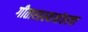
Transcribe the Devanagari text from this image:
गीतारहस्यानंतरचा